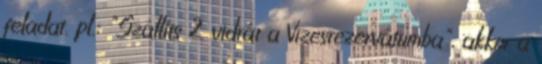
feladat. pl.: "Szállíts 2 vidrát a Vizesrezervátumba", akkor a